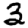
Digit: 3